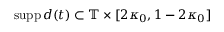
\mathrm { s u p p } \, d ( t ) \subset \mathbb { T } \times [ 2 \kappa _ { 0 } , 1 - 2 \kappa _ { 0 } ]